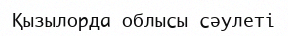
Қызылорда облысы сәулеті